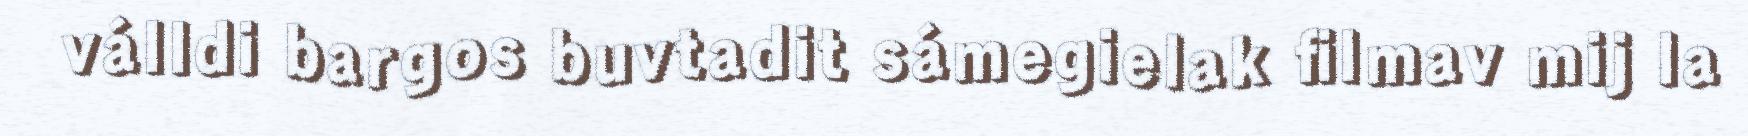
válldi bargos buvtadit sámegielak filmav mij la